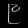
Digit: ၉